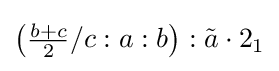
\left({\tfrac {b+c}{2}}/c:a:b\right):{\tilde {a}}\cdot 2_{1}